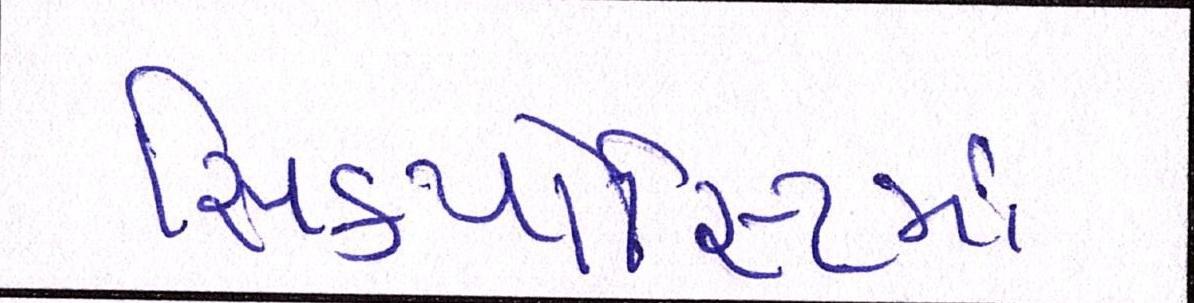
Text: સિક્યોરિટીમાં